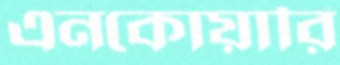
এনকোয়ারি